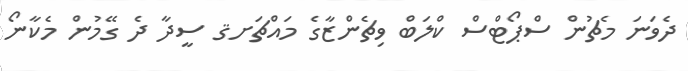
ދެވަނަ މެޗުން ސްޕޯޓްސް ކްލަބް ވިޗެންޒާގެ މައްޗަށޤ ސީދާ ދެ ގޭމުން މެކާނޯ